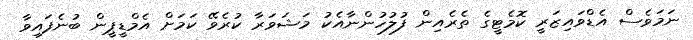
ނަމަވެސް އެޑްވައިޒަރީ ކޮމެޓީގެ ތެރެއިން ފުލުހުންނާއެކު މަޝަވަރާ ކުރެވޭ ކަމަށް އެމްޑީޕީން ބުނެފައިވާ